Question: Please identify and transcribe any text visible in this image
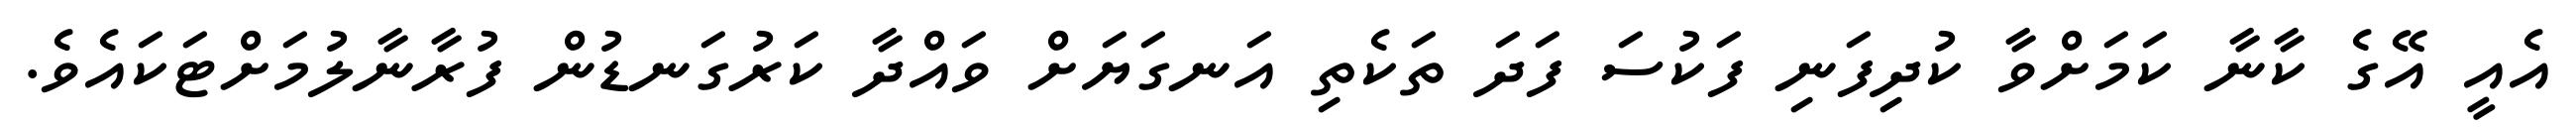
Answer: އެއީ އޭގެ ކާނާ ކަމަށްވާ ކުދިފަނި ފަކުސަ ފަދަ ތަކެތި އަނގަޔަށް ވައްދާ ކަރުގަނޑުން ފުރާނާލުމަށްޓަކައެވެ.